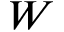
W